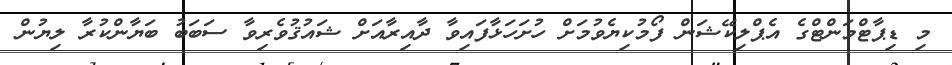
މި ޑިޕާޓްމަންޓްގެ އެޕްލިކޭޝަން ފޯމުކިޔެވުމަށް ހުށަހަޅާފައިވާ ދާއިރާއަށް ޝައުޤުވެރިވާ ސަބަބު ބަޔާންކުރާ ލިޔުން